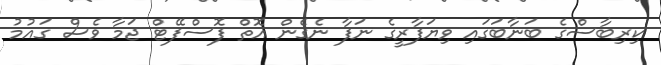
ކިރިބާސްގެ ބަނާބަގައި ވިޔަފާރީގެ ނަފާ ނެގެން އޮތް ފޮސްފޭޓް ޖަމާ ވެސް ގައުމު